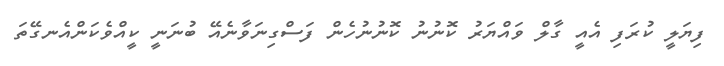
ފިޔަލީ ކުރަފި އެއީ ގާލް ވައްޔަރު ކޮނުނު ކޮނުނުހެން ފަސްގިނަވާނެއޭ ބުނަނީ ކީއްވެކަންއެނގޭތަ